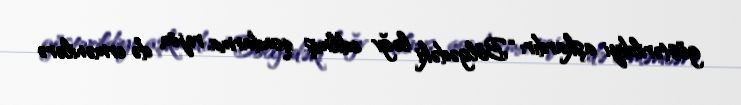
göstərildiyi aşkardır: “Bölgədəki ləğv edilmiş qondarma rejim də ermənilərə